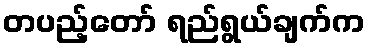
တပည့်တော် ရည်ရွယ်ချက်က